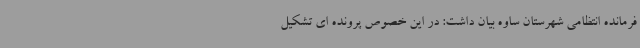
فرمانده انتظامی شهرستان ساوه بیان داشت: در این خصوص پرونده ای تشکیل